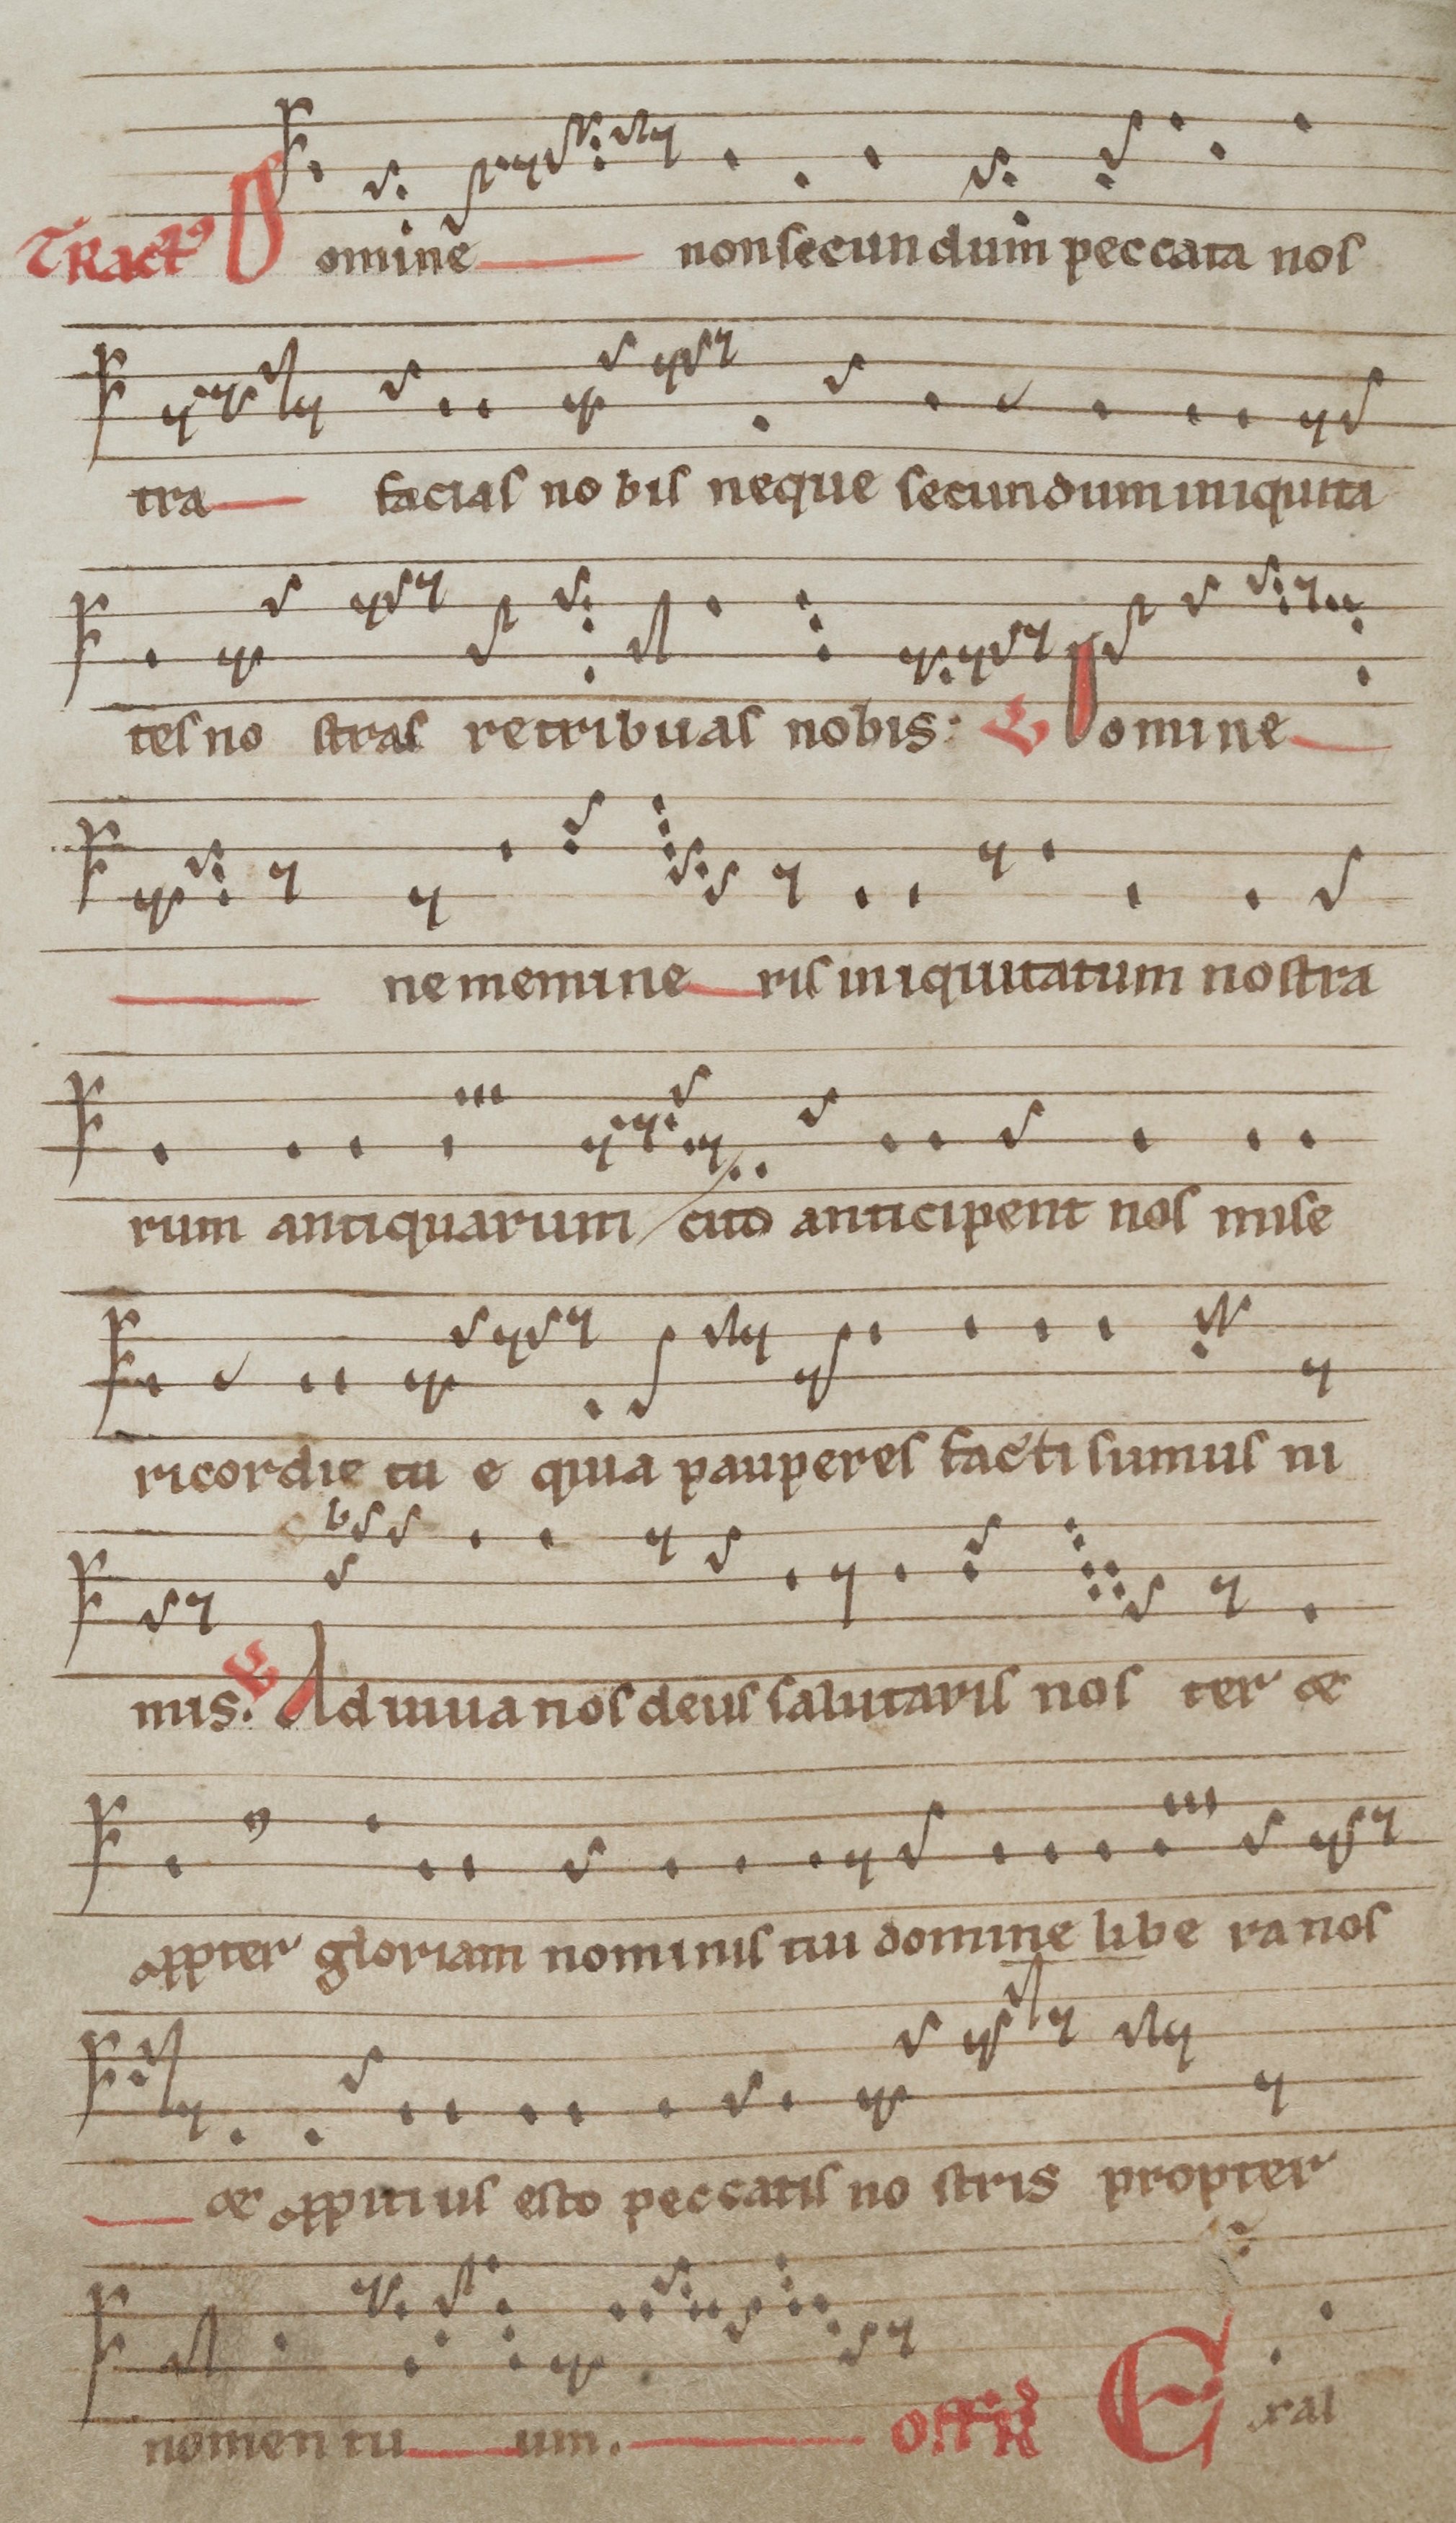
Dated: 1140–1170